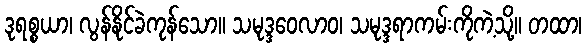
ဒုရစ္စယာ၊ လွန်နိုင်ခဲကုန်သော။ သမုဒ္ဒဝေလာဝ၊ သမုဒ္ဒရာကမ်းကိုကဲ့သို့။ တထာ၊